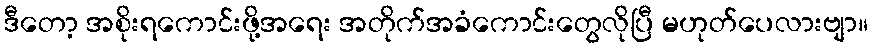
ဒီတော့ အစိုးရကောင်းဖို့အရေး အတိုက်အခံကောင်းတွေလိုပြီ မဟုတ်ပေလားဗျာ။